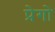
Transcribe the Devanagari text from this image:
प्रेगो